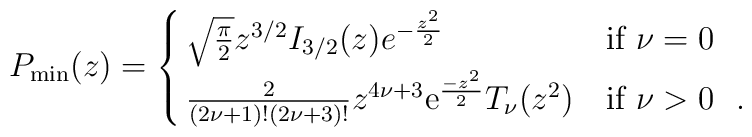
P_{\rm min}(z) = \cases {\sqrt{\pi\over 2} z^{3/2} I_{3/2}(z) e^{-{z^2\over 2}} & if $\nu=0$ \cr{2\over {(2\nu+1)! (2\nu+3)!}} z^{4\nu+3} {\rm e}^{-z^2\over 2}T_\nu(z^2) & if $\nu > 0$ ~. \cr}